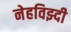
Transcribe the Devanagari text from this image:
नेहविझ्दी